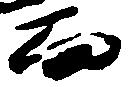
而